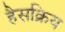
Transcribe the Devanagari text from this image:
हैसक्रिय